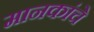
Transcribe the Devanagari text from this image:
मानकांचे